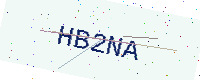
Text: HB2NA